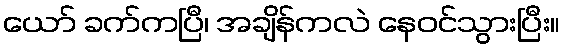
ယော် ခက်ကပြီ၊ အချိန်ကလဲ နေဝင်သွားပြီး။